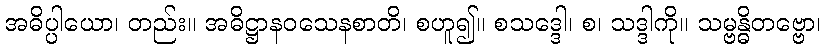
အဓိပ္ပါယော၊ တည်း။ အဓိဋ္ဌာနဝသေနစာတိ၊ စဟူ၍။ စသဒ္ဒေါ၊ စ၊ သဒ္ဒါကို။ သမ္ဗန္ဓိတဗ္ဗော၊